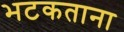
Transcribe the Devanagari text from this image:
भटकताना